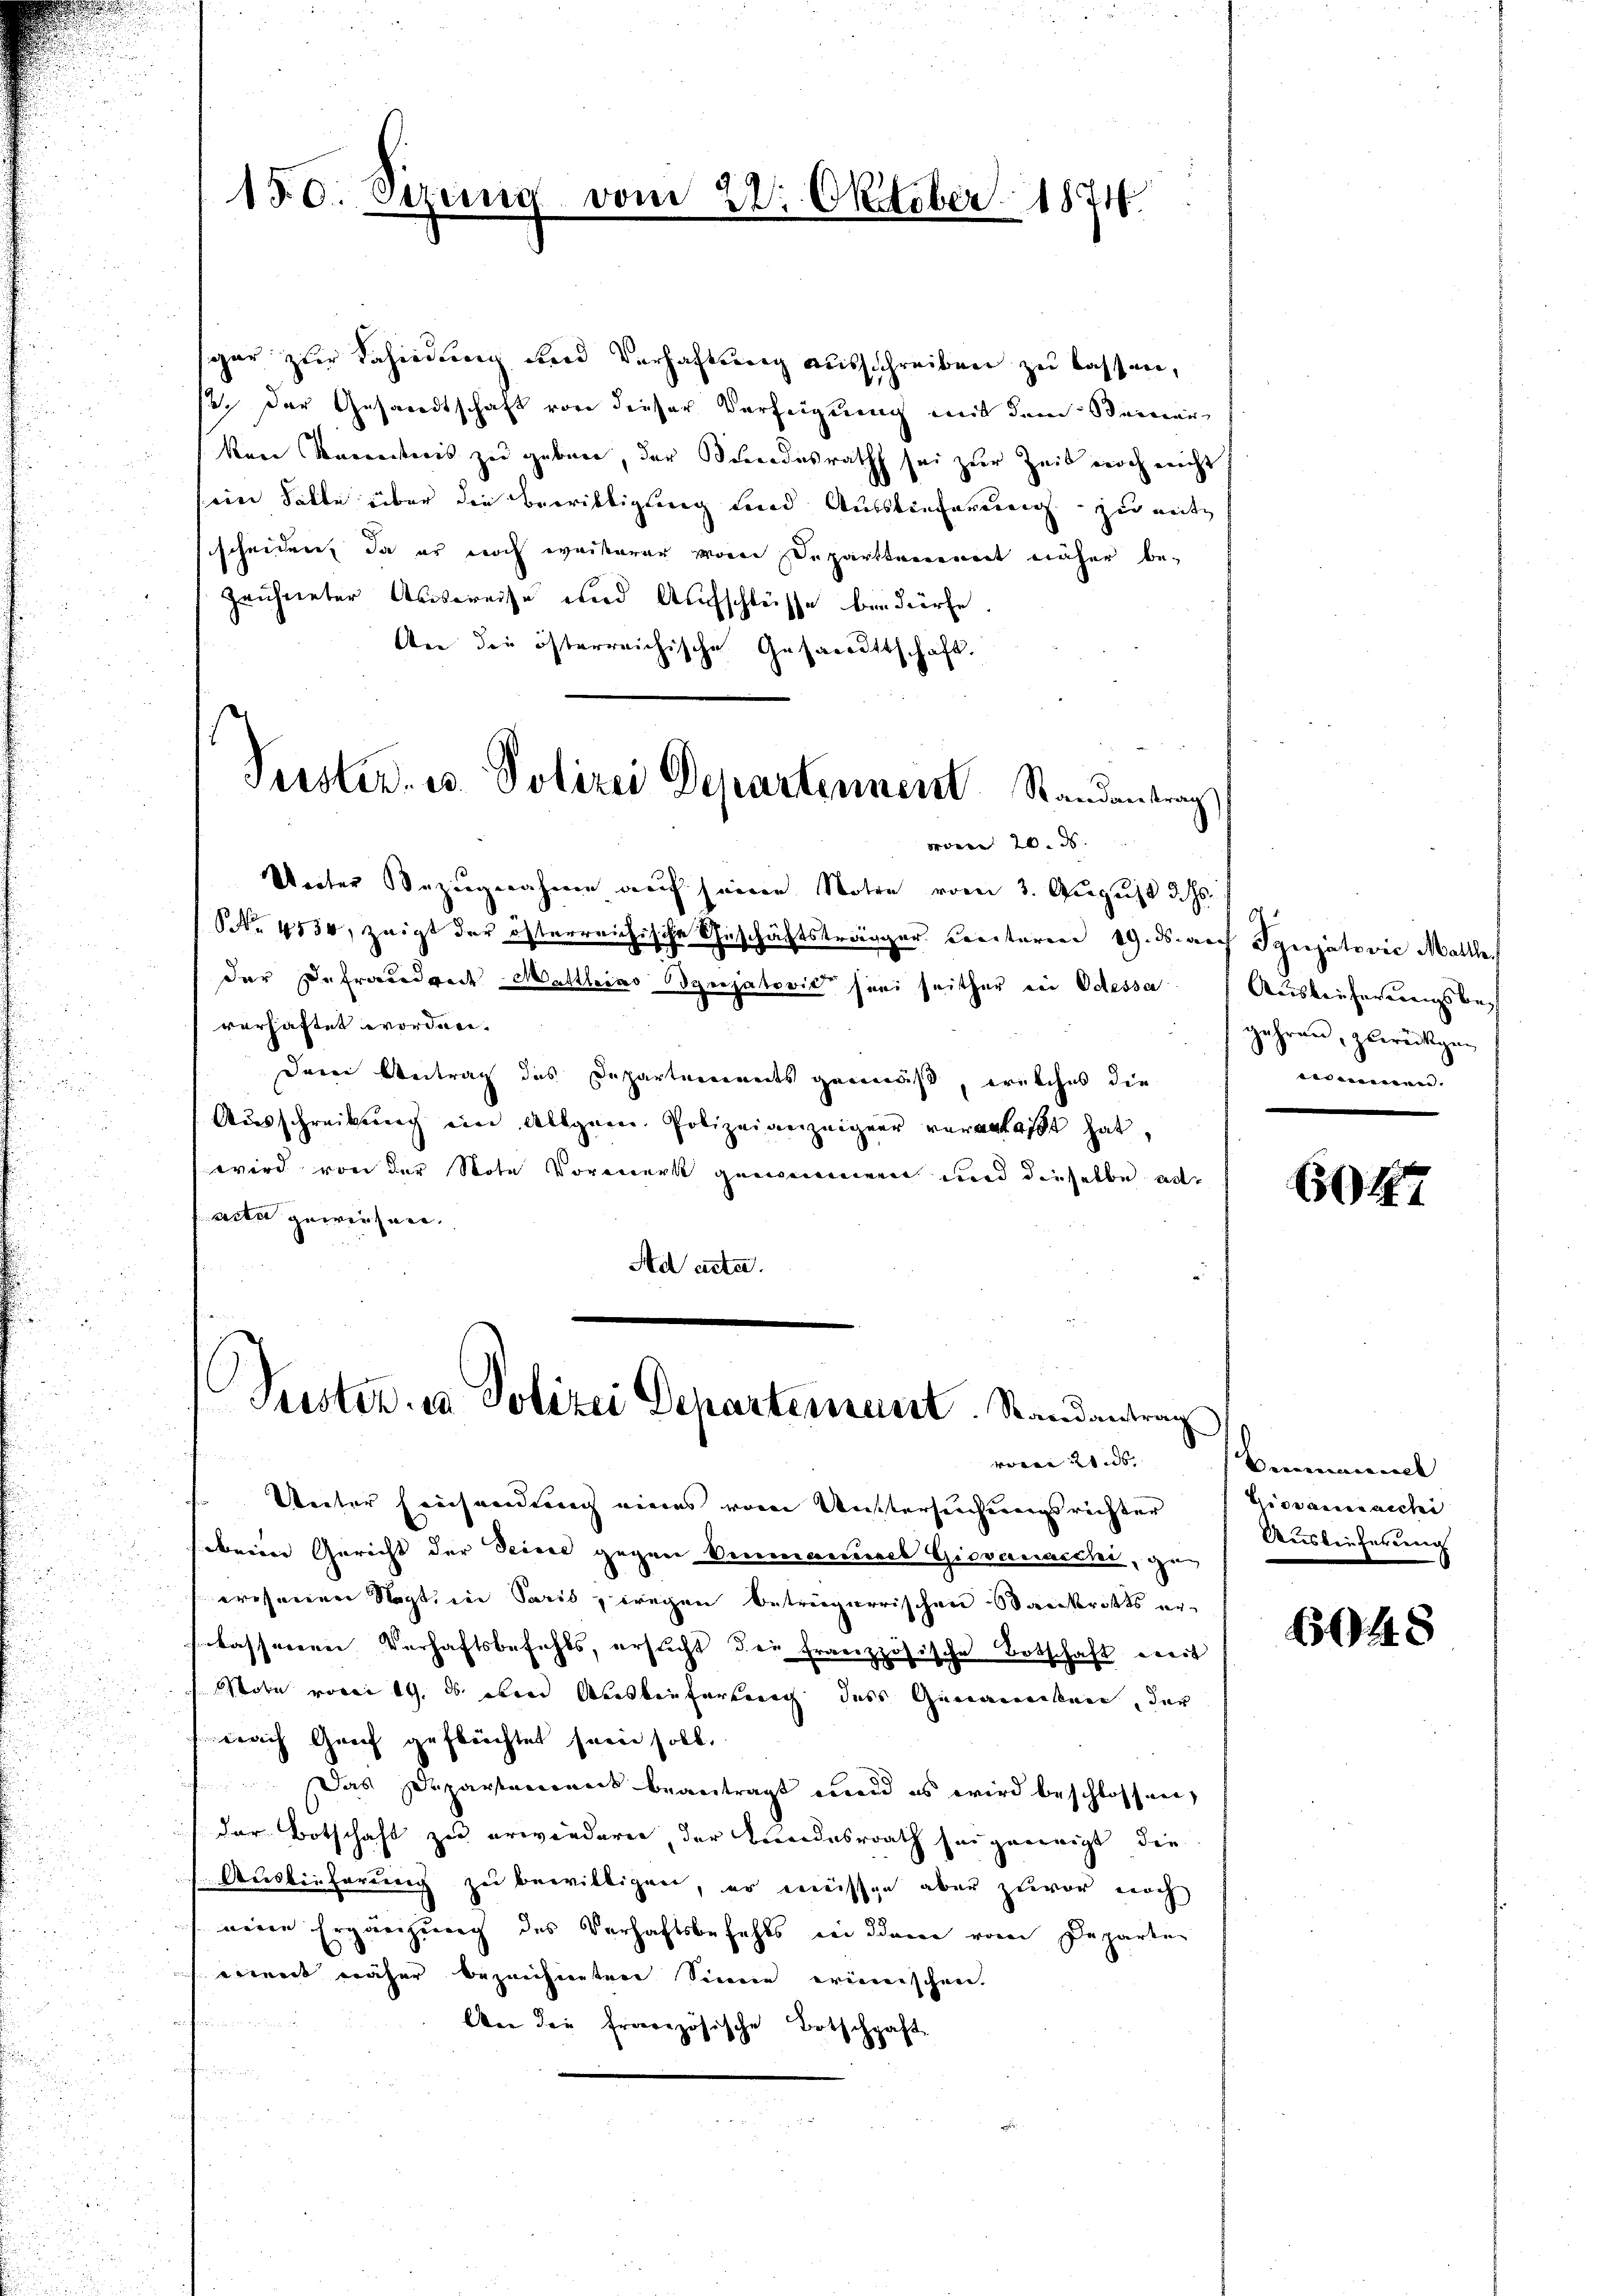
150. Sezeng vom 22. Oktober 1874

sgar zur Dahindung und Verhaltung ausschreiben zu lassen,
se. Der Gesandtschaft von dieser Verfügung mit dem Steiner
kene Secretaris zu geben, der Bundesrath sei zur Zeit noch nicht
ein Fälle über die Bewilligung und Ausstieferung zu mit
scheiden, da er noch weiterer von Departtement näher bezeichneter Abspreise und Aufschlüsse bedürfe
Aen die österreichische Gesandtschaft.
wonne 20. d.
Unter Bezugnahme auf seine Notre vom 3. August d. Js.
NNNo. 4530, zeigt der österreichische Geschäftsträger Cecitaren 19. ds. auch Syrisatović Mattle
der Defraudrech Mattleras Speisatoris sei seither ein Odessa
verhaftet worden.
Deine Antrag des Departements gemäß, ernsches die
Ausschreibung ein allgem. Polizeianzeiger veranlaßt hat,
wird von der Note Vormerk gemeinenen und dieselbe ad
acte gewesen.
Ad acta.

Puster- u. Polizei Departennent Randantrag

Puster- u. Polizei Departement. Randantrag

Vecter Fiechendemnach eines vom Untersuchungsrechter
ebrien Gericht der Geise gegen Venmanuel Giovanocchi, gewesener Nacht, in Paris, wegen beträgerrischen Stankrotts erbässerenen Verhaftsbefehls, ersucht der französische Botschaft weit
Stote vorei 19. ds derer Auskäufertenig des Genannecken, der
nach Genf geflüchtet seine soll.
Das Departement beantragt und es wird beschlossen,
(der Botschaft zu erwiedern, der Tendesrath sei geneigt, die
Auslieferung zu bewilligen, er müssen aber zuvor noch
neuen Ergänzung des Verhaftsbefehls bei dem vom Departen
eint näher bezeichneten Sinne erinischen.

An die französische Botschaft

vom 21 des |

Auslieferirungsbegehren, zurückgenommen.

647

Benmanuel
Giovannacchi
Auslieferung

6048